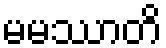
မမဿာတိ